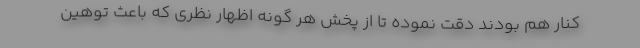
کنار هم بودند دقت نموده تا از پخش هر گونه اظهار نظری که باعث توهین